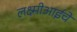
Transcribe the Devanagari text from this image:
लक्ष्मीआईचे